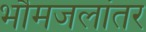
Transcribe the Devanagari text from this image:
भौमजलांतर